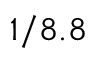
1 / 8 . 8